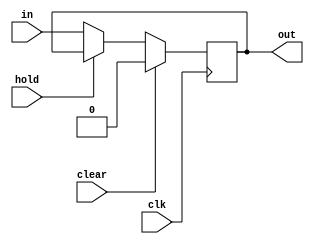
/*
 *simple register which can hold data and clear
 */

module regr #(
    parameter N = 1
) (
    input wire clk,
    input wire clear,
    input wire hold,
    input wire [N-1:0] in,
    output reg [N-1:0] out
);

    always@(posedge clk) begin
        if (clear)
            out <= {N{1'b0}};
        else if (hold)
            out <= out;
        else
            out <= in;
    end

endmodule